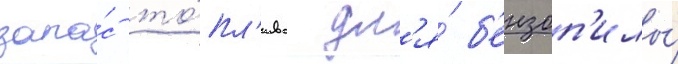
запа́с то́пл'ива дл'я́ б'ензоп'илы́